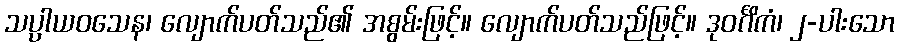
သပ္ပာယဝသေန၊ လျောက်ပတ်သည်၏ အစွမ်းဖြင့်။ လျောက်ပတ်သည်ဖြင့်။ ဒုဝင်္ဂိကံ၊ ၂-ပါးသော